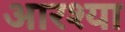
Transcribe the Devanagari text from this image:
आरश्या